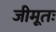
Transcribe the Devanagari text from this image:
जीमूतः